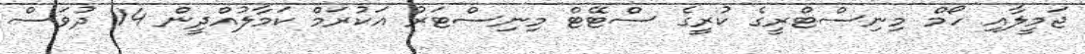
ޖަމީލާއި ހޯމް މިނިސްޓްރީގެ ކުރީގެ ސްޓޭޓް މިނިސްޓަރު އަކުރަމް ކަމާލުއްދީން 14 ދުވަސް